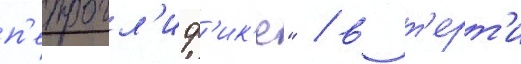
п'етрогл'иф'ик'е" / в т'ерт'и